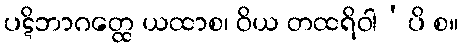
ပဋိဘာဂတ္ထေ ယထာစ၊ ဝိယ တထရိဝါ’ပိ စ။